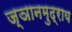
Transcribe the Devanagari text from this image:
ज्ञानमुद्राय